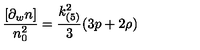
\frac { [ \partial _ { w } n ] } { n _ { 0 } ^ { 2 } } = \frac { k _ { ( 5 ) } ^ { 2 } } { 3 } ( 3 p + 2 \rho )